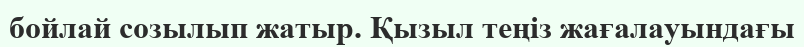
бойлай созылып жатыр. Қызыл теңіз жағалауындағы